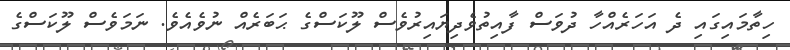
ހިތާމައިގައި ދެ އަހަރެއްހާ ދުވަސް ފާއިތުވެދިޔައިރުވެސް ލޫކަސްގެ ޙަބަރެއް ނުވެއެވެ. ނަމަވެސް ލޫކަސްގެ